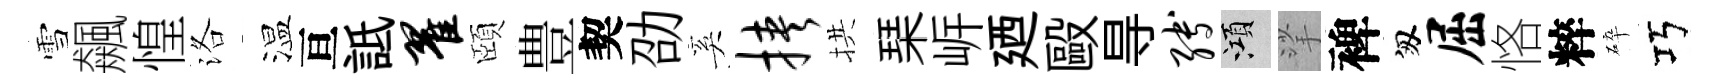
雪飆惶洛温亘詆翟頤豊契劭奚挟拱琹㟁廼毆㝵缚澒挲裨匆屈恪粹碎巧